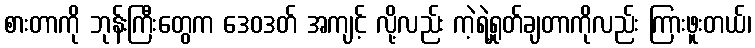
စားတာကို ဘုန်းကြီးတွေက ဒေဝဒတ် အကျင့် လို့လည်း ကဲ့ရဲ့ရှုတ်ချတာကိုလည်း ကြားဖူးတယ်၊